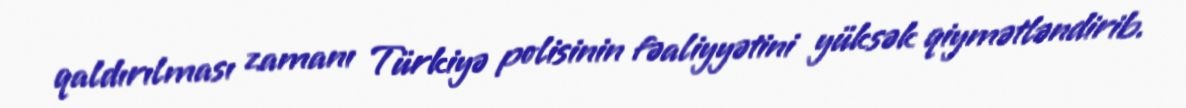
qaldırılması zamanı Türkiyə polisinin fəaliyyətini yüksək qiymətləndirib.